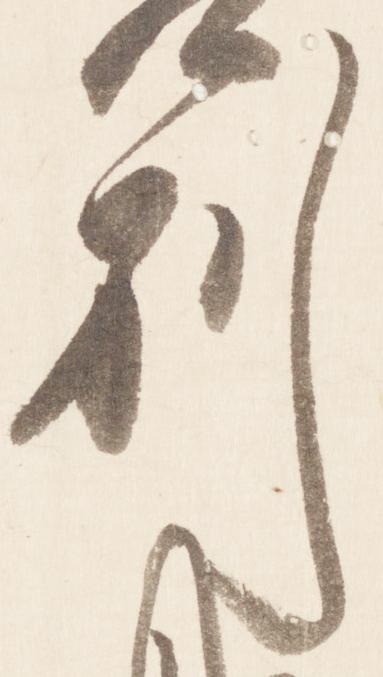
別